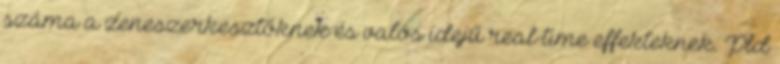
száma a zeneszerkesztőknek és valós idejű real-time effekteknek. Pld